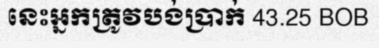
នេះអ្នកត្រូវបង់ប្រាក់ 43.25 BOB